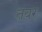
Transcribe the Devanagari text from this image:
तवर